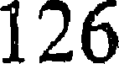
126